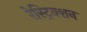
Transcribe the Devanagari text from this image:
रेस्ट्रिक्शन